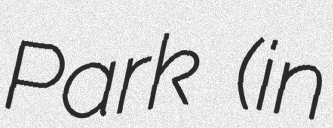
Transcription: Park (in